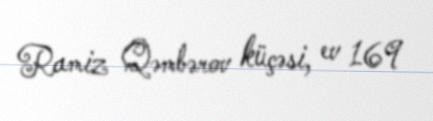
Ramiz Qəmbərov küçəsi, ev 169